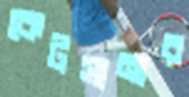
কেটসানার